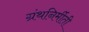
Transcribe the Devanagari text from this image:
ग्रंथनिर्मीती